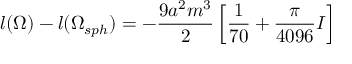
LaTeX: l ( \Omega ) - l ( \Omega _ { s p h } ) = - \frac { 9 a ^ { 2 } m ^ { 3 } } { 2 } \left[ \frac { 1 } { 7 0 } + \frac { \pi } { 4 0 9 6 } I \right]